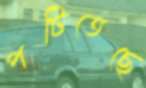
পটিতেছে